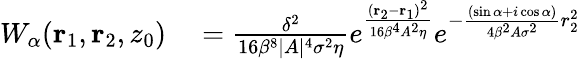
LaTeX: \begin{array}{rl}{W_{\alpha}(\textbf{r}_{1},\textbf{r}_{2},z_{0})}&{{}=\frac{\delta^{2}}{16\beta^{8}\lvert A\rvert^{4}\sigma^{2}\eta}e^{\frac{(\textbf{r}_{2}-\textbf{r}_{1})^{2}}{16\beta^{4}A^{2}\eta}}e^{-\frac{(\sin{\alpha}+i\cos{\alpha})}{4\beta^{2}A\sigma^{2}}r_{2}^{2}}}\end{array}